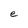
Character: e